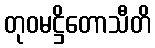
တုဝမဋ္ဌိတောသီတိ